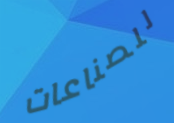
للصناعات